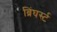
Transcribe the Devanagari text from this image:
ब्रिंघर्स्‍ट